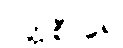
ပတ္တစီဝရေ